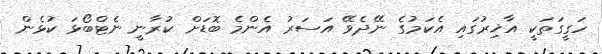
ހަގީގަތަކީ އާޚިރުގައި އެކަމުގެ ނޭދެވޭ އަސަރު އެންމެ ބޮޑަށް ކުރާނީ ނެޓްބޯޅަ ކުޅެން